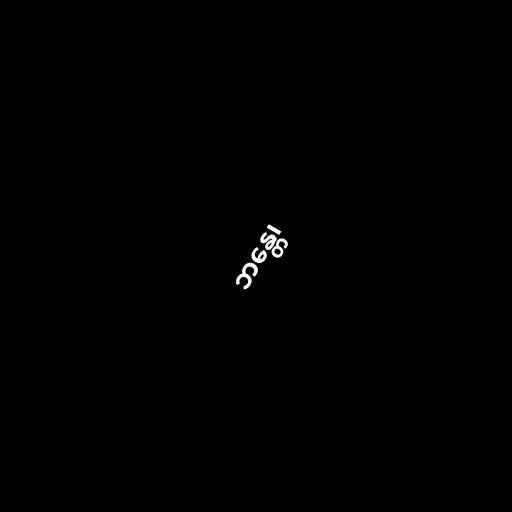
ဘန္တေ၊